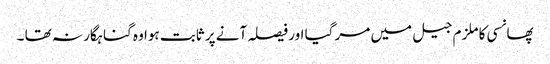
پھانسی کا ملزم جیل میں مر گیا اور فیصلہ آنے پر ثابت ہوا وہ گناہگار نہ تھا ۔